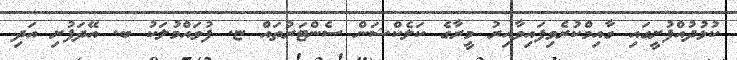
ކުޅުދުއްފުށީގައި ގާއިމްކުރެވިފައިވާއިރު މީރާގެ ކަލެކްޝަން ސެންޓަރުތައް ޏ. ފުވައްމުލަކު ބ. އޭދަފުށި އަދި